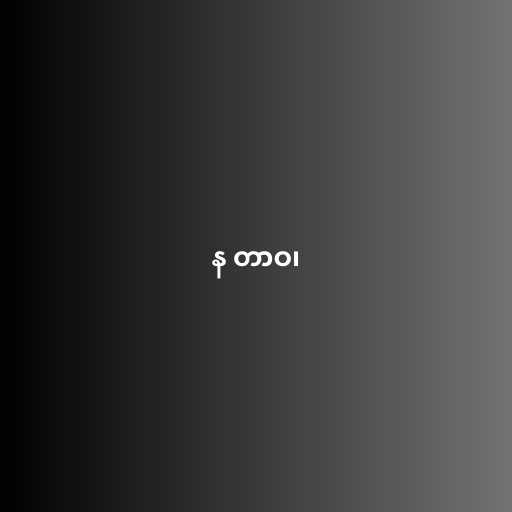
န တာဝ၊